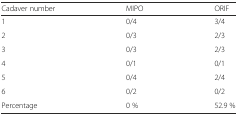
| Cadaver number | MIPO | ORIF |
 | --- | --- | --- |
 | 1 | 0/4 | 3/4 |
 | 2 | 0/3 | 2/3 |
 | 3 | 0/3 | 2/3 |
 | 4 | 0/1 | 0/1 |
 | 5 | 0/4 | 2/4 |
 | 6 | 0/2 | 0/2 |
 | Percentage | 0 % | 52.9 % |